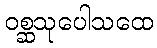
ဝစ္ဆသုပေါသထေ